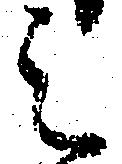
之